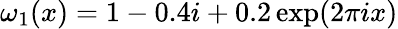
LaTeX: \omega_{1}(x)=1-0.4i+0.2\exp(2\pi ix)